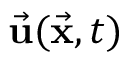
\vec { \bf u } ( \vec { \bf x } , t )